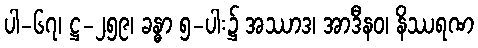
ပါ-၆၇၊ ဋ္ဌ-၂၅၉၊ ခန္ဓာ ၅-ပါး၌ အဿာဒ၊ အာဒီနဝ၊ နိဿရဏ